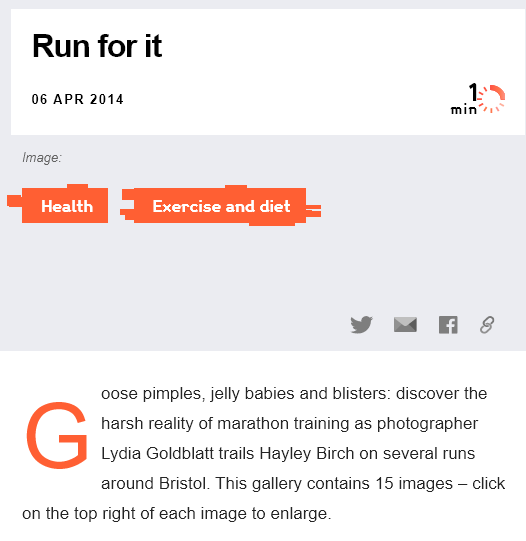
Run for    it
    06 APR 2014
     Play    Exercise and diet
   Image:
     oose pimples, jelly babies and blisters: discover the
     harsh reality of marathon training as photographer
     Lydia Goldblatt trails Hayley Birch on several runs
     around Bristol. This gallery contains 15 images
     —
     click
   on the top right of each image to enlarge